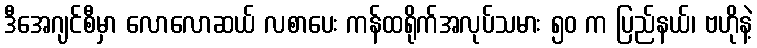
ဒီအေဂျင်စီမှာ လောလောဆယ် လစာပေး ကန်ထရိုက်အလုပ်သမား ၅၀ က ပြည်နယ်၊ ဗဟိုနဲ့